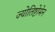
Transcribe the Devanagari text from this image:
ज्योतिष्टोमेन